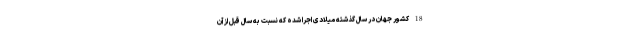
18 کشور جهان در سال گذشته میلادی اجرا شده که نسبت به سال قبل از آن